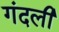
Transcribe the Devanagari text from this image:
गंदली